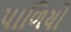
પાળિયો